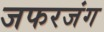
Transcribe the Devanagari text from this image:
जफरजंग